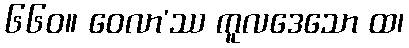
၆၆၀။ ဝေလာ’ဿ ကူလဒေသော ထ၊